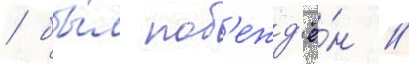
/ бы́л поб'ежд'ё́н //